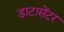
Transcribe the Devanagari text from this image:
डाटासेंटर